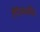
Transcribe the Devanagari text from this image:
तैपैजवळील